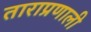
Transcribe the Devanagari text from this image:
ताराप्रणाली